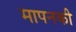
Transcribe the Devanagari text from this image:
मापनकी